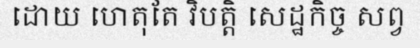
ដោយ ហេតុតែ វិបត្តិ សេដ្ឋកិច្ច សព្វ